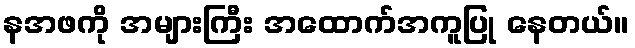
နအဖကို အများကြီး အထောက်အကူပြု နေတယ်။